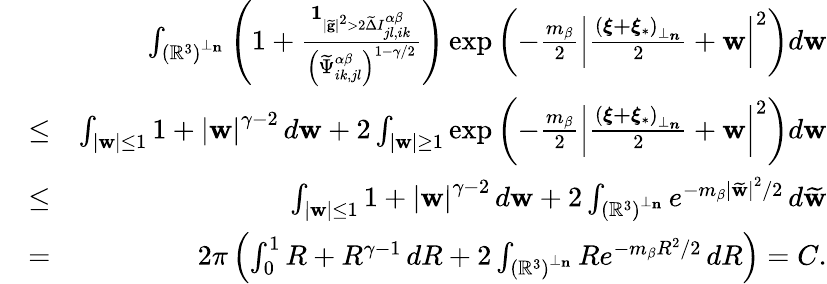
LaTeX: \begin{array}{rlr}&{}&{\int_{\left(\mathbb{R}^{3}\right)^{\perp_{\mathbf{n}}}}\left(1+\frac{\mathbf{1}_{\left\vert\widetilde{\mathbf{g}}\right\vert^{2}>2\widetilde{\Delta}I_{jl,ik}^{\alpha\beta}}}{\left(\widetilde{\Psi}_{ik,jl}^{\alpha\beta}\right)^{1-\gamma/2}}\right)\exp\left(-\frac{m_{\beta}}{2}\left\vert\frac{\left(\boldsymbol{\xi+\xi}_{\ast}\right)_{\perp_{\boldsymbol{n}}}}{2}+\mathbf{w}\right\vert^{2}\right)d\mathbf{w}}\\ &{\leq}&{\int_{\left\vert\mathbf{w}\right\vert\leq 1}1+\left\vert\mathbf{w}\right\vert^{\gamma-2}\, d\mathbf{w}+2\int_{\left\vert\mathbf{w}\right\vert\geq 1}\exp\left(-\frac{m_{\beta}}{2}\left\vert\frac{\left(\boldsymbol{\xi+\xi}_{\ast}\right)_{\perp_{\boldsymbol{n}}}}{2}+\mathbf{w}\right\vert^{2}\right)d\mathbf{w}}\\ &{\leq}&{\int_{\left\vert\mathbf{w}\right\vert\leq 1}1+\left\vert\mathbf{w}\right\vert^{\gamma-2}\, d\mathbf{w}+2\int_{\left(\mathbb{R}^{3}\right)^{\perp_{\mathbf{n}}}}e^{-m_{\beta}\left\vert\widetilde{\mathbf{w}}\right\vert^{2}/2}\, d\widetilde{\mathbf{w}}}\\ &{=}&{2\pi\left(\int_{0}^{1}R+R^{\gamma-1}\, dR+2\int_{\left(\mathbb{R}^{3}\right)^{\perp_{\mathbf{n}}}}Re^{-m_{\beta}R^{2}/2}\, dR\right)=C\mathrm{.}}\end{array}